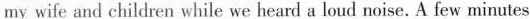
my wife and children while we heard a loud noise. A few minutes